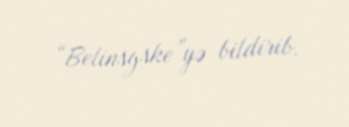
“Belinsgske”yə bildirib.